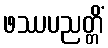
ဖဿပညတ္တိံ